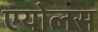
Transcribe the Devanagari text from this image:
एयोलस